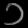
Digit: ၁